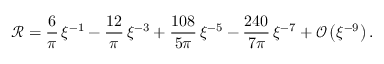
\mathcal { R } = \frac { 6 } { \pi } \, \xi ^ { - 1 } - \frac { 1 2 } { \pi } \, \xi ^ { - 3 } + \frac { 1 0 8 } { 5 \pi } \, \xi ^ { - 5 } - \frac { 2 4 0 } { 7 \pi } \, \xi ^ { - 7 } + \mathcal { O } \left( \xi ^ { - 9 } \right) .